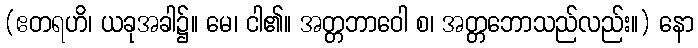
(ဧတရဟိ၊ ယခုအခါ၌။ မေ၊ ငါ၏။ အတ္တဘာဝေါ စ၊ အတ္တဘောသည်လည်း။) နော